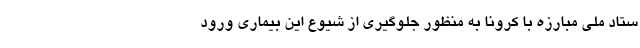
ستاد ملی مبارزه با کرونا به منظور جلوگیری از شیوع این بیماری ورود